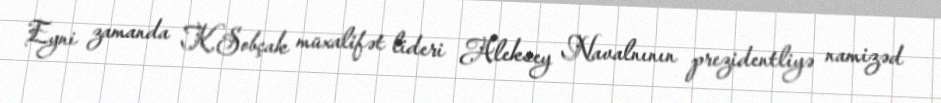
Eyni zamanda K.Sobçak müxalifət lideri Aleksey Navalnının prezidentliyə namizəd